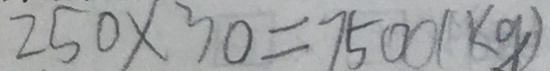
2 5 0 \times 3 0 = 7 5 0 0 ( k g )